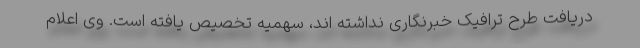
دریافت طرح ترافیک خبرنگاری نداشته اند، سهمیه تخصیص یافته است. وی اعلام